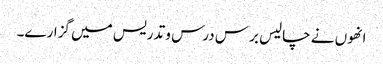
انھوں نے چالیس برس درس و تدریس میں گزارے۔